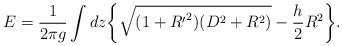
\begin{align*}E=\frac{1}{2\pi g}\int dz \bigg\{\sqrt{(1+{R^{\prime}}^2)(D^2+R^2)}-\frac{h}{2}R^2\bigg\}.\end{align*}